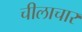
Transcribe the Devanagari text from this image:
चीलाचार